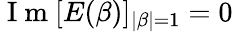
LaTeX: \mathrm{~I~m~}[E(\beta)]_{|\beta|=1}=0